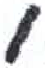
אות: י